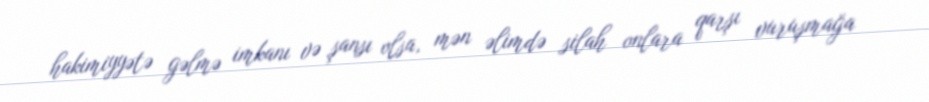
hakimiyyətə gəlmə imkanı və şansı olsa, mən əlimdə silah onlara qarşı vuruşmağa